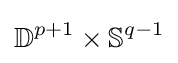
\mathbb {D} ^{p+1}\times \mathbb {S} ^{q-1}